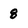
Character: 8